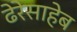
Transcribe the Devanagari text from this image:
ढेरेसाहेब